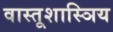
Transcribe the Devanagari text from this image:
वास्तूशास्ञिय